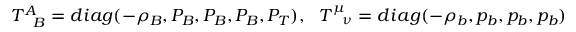
T _ { \phantom { A } B } ^ { A } = d i a g ( - \rho _ { B } , P _ { B } , P _ { B } , P _ { B } , P _ { T } ) , ~ ~ T _ { \phantom { \mu } \nu } ^ { \mu } = d i a g ( - \rho _ { b } , p _ { b } , p _ { b } , p _ { b } )